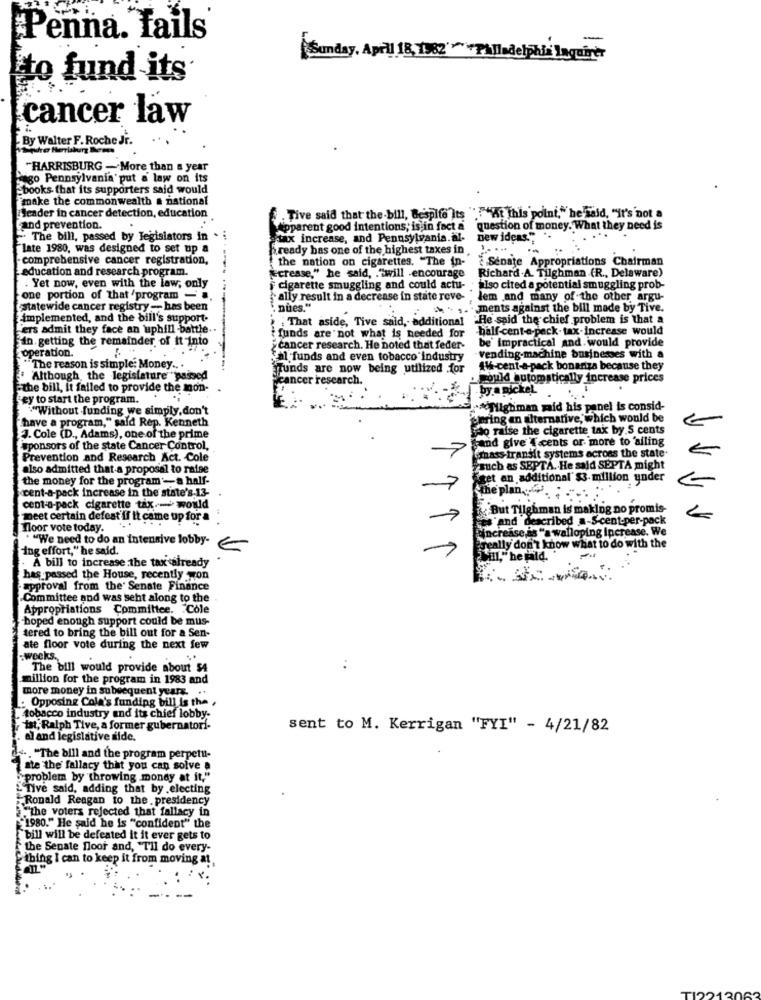
Penna. fails
Sunday, April 18, 1982"Philadelphia Inquirer
to fund its
cancer law
By Walter F. Roche Ji.
"HARRISBURG -More than a year
sigo Pennsylvania put a law on its
-books that its supporters said would
"make the commonwealth a national
Leader in cancer detection, education
Tive said that the-bill, Bespife Its """""At this point," he said, "it's not a
and prevention.
Apparent good intentions; is in fact a
question of money. What they need is
" The bill, passed by legislators in
tax increase, and Pennsylvania.al-
new ideas."
late 1980, was designed to set up a
b.ready has one of the highest taxes in,
1. ...
-
comprehensive cancer registration,
-
the nation on cigarettes. "The in-
Senate Appropriations Chairman
education and research program.
jecrease," he said, . "will encourage
Richard .A. Tilghman (R ., Delaware)
Yet now, even with the law, only
cigarette smuggling and could actu-
also cited a potential smuggling prob-
one portion of that /program -
ally result in a decrease in state rove-
lem and many of the other argu-
statewide cancer registry - has been
nues."
ments against the bill made by Tive.
Emplemented, and the bill's support-
He said the chief problem is that a
"ers admit they face an uphill -battle ..
That aside, Tive said, additional
-half-cent-a-pack- tax.Increase would
in. getting the remainder of it into
funds are not what is needed for
be' impractical and. would provide
cancer research. He noted that feder-
operation.
al funds and even tobacco industry
vending-machine businesses with a
"The reason is simple: Money ....
funds are now being utilized for
4H-cent-a-pack bonariza because they
Although the legislature "passed
er research.
would automatically increase prices
the bill, it failed to provide the mon-
by a pickel
ey to start the program.
""Without funding we simply,don't
** Tilghiman maid his panel is consid-
"have a program," said Rep. Kenneth
bering an alternative, which would be
jao raise the cigarette tak by S cents
J. Cole (D ., Adams), one of the prime
and give {.cents or more to 'alling
sponsors of the state Cancer Control,
frnass transit systems across the state.
Prevention and Research Act. Cole
7
also admitted that a proposal to raise
such as SEPTA. He sajd SEPTA might
the money for the program -a half-
7
get an additional' $3- million under
cent-a-pack increase in the state's.13-
the plan ...
cent-a-pack cigarette tax .- would
But Tilghman is making no promis
meet certain defeat if it came up for a
7
es and described a-S-cent-per-pack
floor vote today.
increase is "a walloping Increase. We
""We need to do an intensive lobby-
ing effort," he said.
really don't know what to do with the
Mill," he mald.'
. A bill to increase the tax already
has passed the House, recently won
approval from the Senate Finance
Committee and was seht along to the
Appropriations Committee. Cole
hoped enough support could be mus-
tered to bring the bill out for a Sen-
ate floor vote during the next few
weeks.
The bill would provide about $4
million for the program in 1983 and
more money in subsequent years. ..
: Opposing Cola's funding bill is the .
tobacco industry and its chief lobby-
ist, Ralph Tive, a former gubernatori-
sent to M. Kerrigan "FYI" - 4/21/82
al and legislative side.
". . "The bill and the program perpetu-
ate the fallacy that you can solve a
problem by throwing mondy at it,"
&Tive said, adding that by electing
Ronald Reagan to the . presidency
"the voters rejected that fallacy in
"1980." He said he is "confident" the
bill will be defeated it it ever gets to
the Senate floor and, "Til do every-
thing I can to keep it from moving at